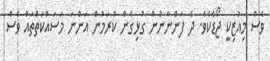
ވެސް މިއުޒިކީ ޖޯޑެކެވެ. ދެ ފަންނާނުން ގުޅިގެން ކުރަމުން އަންނަ މަސައްކަތްތައް ވެސް